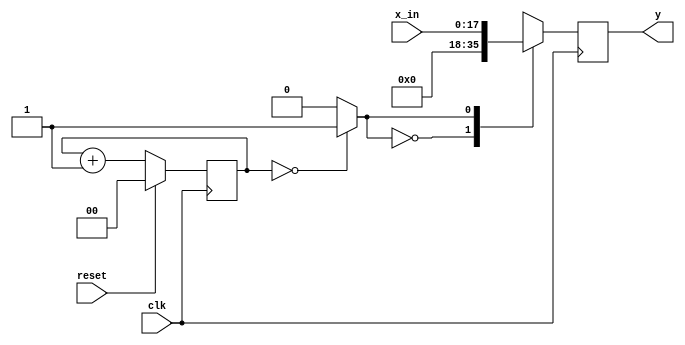
module up_sampler_4(
    input clk,
	input reset,
	input signed [17:0] x_in,
	output reg signed [17:0] y   
);

reg sampler;
reg [1:0] counter;



always @ *
    case(counter)
    2'b00: sampler <= 1;
    default: sampler <= 0;
    endcase

always @ (posedge clk)
begin
    if (reset)
        counter <= 0;
    else
        counter = counter + 1'b1;
end

always @ (posedge clk)
    case(sampler)
    1'b0: y <= 0;
     1'b1: y <= x_in;
    endcase

endmodule